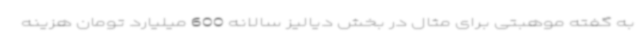
به گفته موهبتی برای مثال در بخش دیالیز سالانه 600 میلیارد تومان هزینه